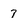
Character: 7